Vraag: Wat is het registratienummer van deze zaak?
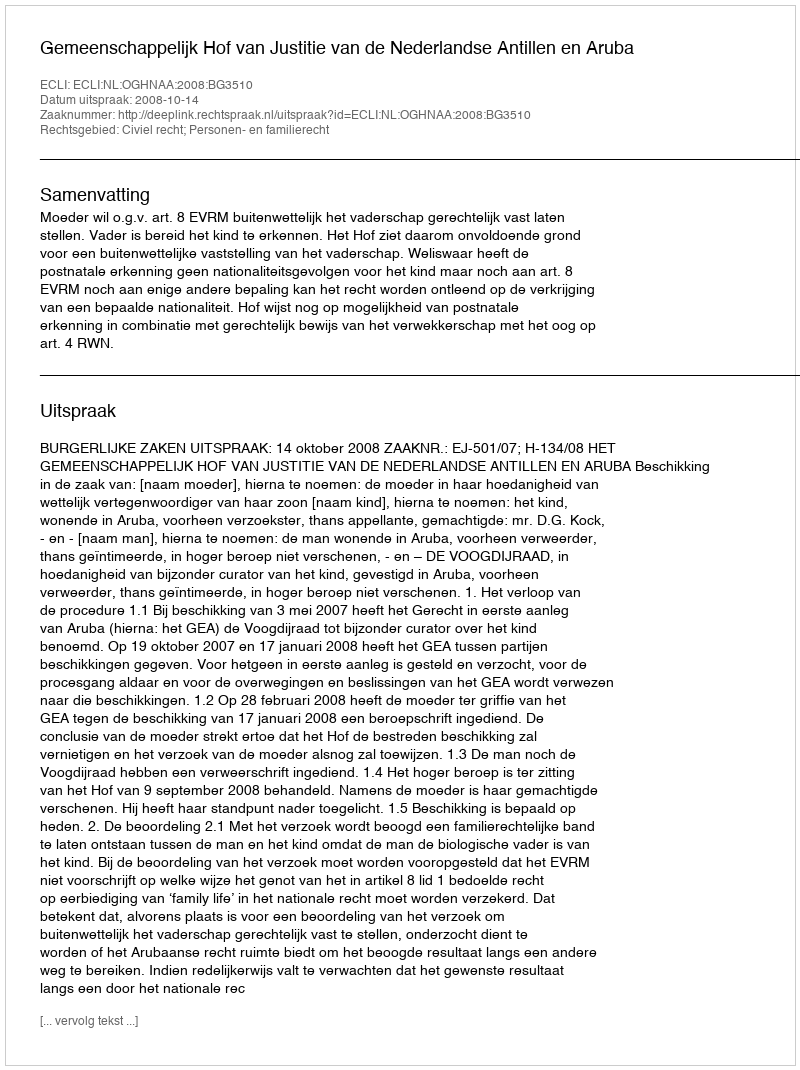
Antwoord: http://deeplink.rechtspraak.nl/uitspraak?id=ECLI:NL:OGHNAA:2008:BG3510